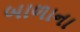
બાળાના